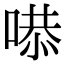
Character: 𠹅